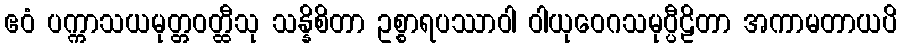
ဧဝံ ပက္ကာသယမုတ္တဝတ္ထီသု သန္နိစိတာ ဥစ္စာရပဿာဝါ ဝါယုဝေဂသမုပ္ပီဠိတာ အကာမတာယပိ